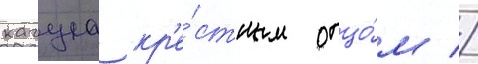
кагуе кр'е́стным отцо́м //